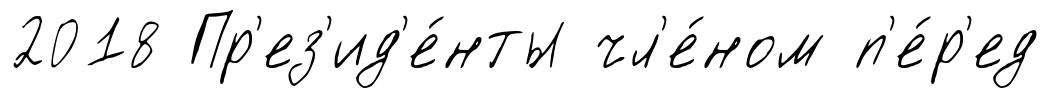
2018 Пр'ез'ид'е́нты чл'е́ном п'е́р'ед